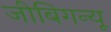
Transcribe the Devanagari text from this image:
जीबिगन्यू